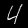
Label: 4